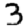
Digit: 3